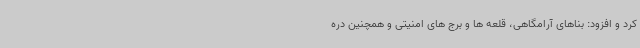
کرد و افزود: بناهای آرامگاهی، قلعه ها و برج های امنیتی و همچنین دره